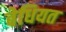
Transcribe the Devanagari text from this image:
बेधियत